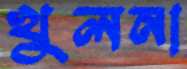
খুলনা